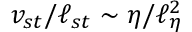
v _ { s t } / \ell _ { s t } \sim \eta / \ell _ { \eta } ^ { 2 }